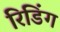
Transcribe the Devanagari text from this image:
रिडिंग